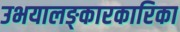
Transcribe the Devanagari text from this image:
उभयालङ्कारकारिका